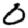
Digit: 0